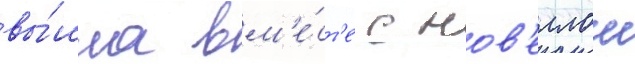
вы́шла вм'е́ст'е с нов'еллои